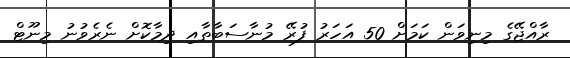
ރާއްޖޭގެ މިނިވަން ކަމަށް 50 އަހަރު ފުރޭ މުނާސަބާތާއި ދިމާކޮށް ނެރެވުނު މިނޫޓް